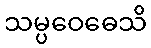
သမ္ပဝေဓေသိ